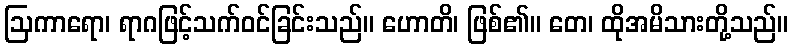
ဩကာရော၊ ရာဂဖြင့်သက်ဝင်ခြင်းသည်။ ဟောတိ၊ ဖြစ်၏။ တေ၊ ထိုအမိသားတို့သည်။